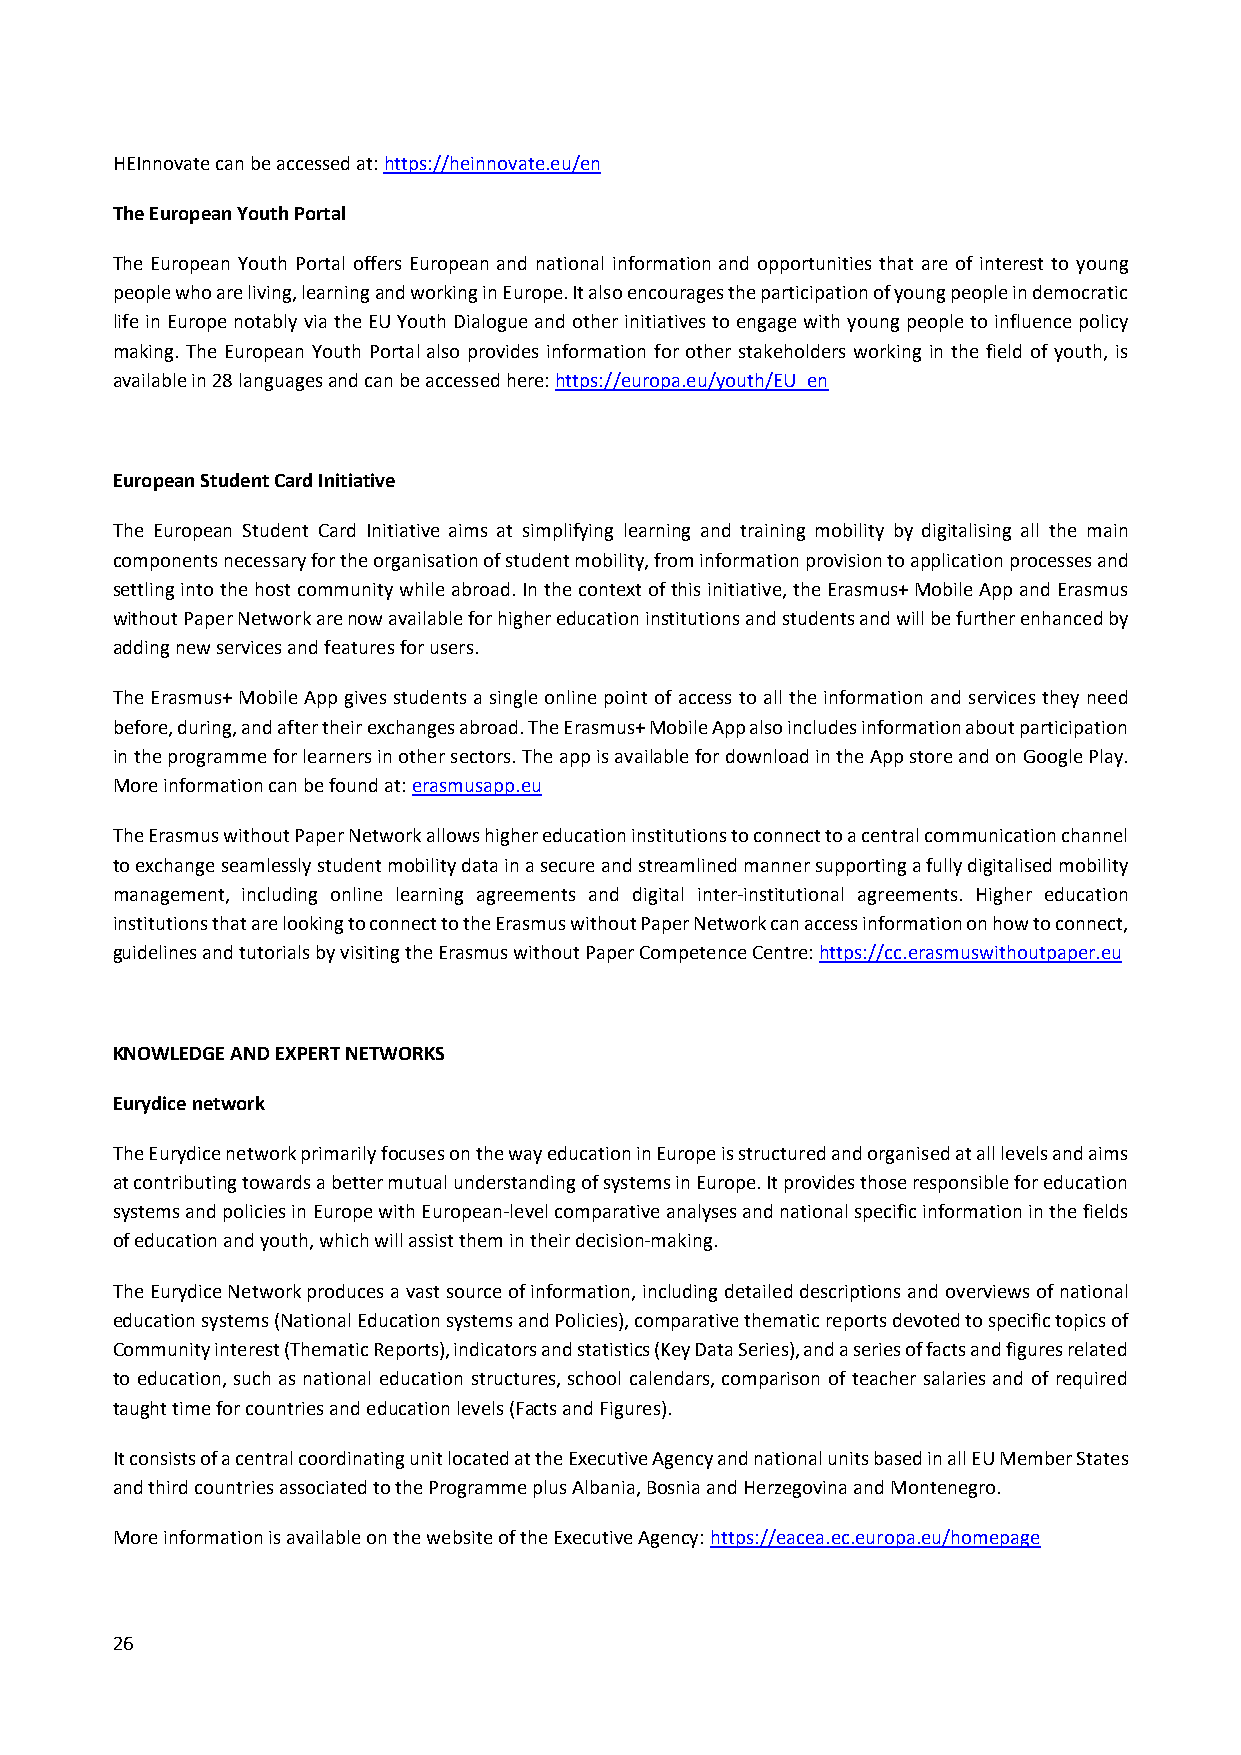
HEInnovate can be accessed at: https://heinnovate.eu/en
 The European Youth Portal
 The European Youth Portal offers European and national information and opportunities that are of interest to young
 people who are living, learning and working in Europe. It also encourages the participation of young people in democratic
 life in Europe notably via the EU Youth Dialogue and other initiatives to engage with young people to influence policy
 making. The European Youth Portal also provides information for other stakeholders working in the field of youth, is
 available in 28 languages and can be accessed here: https://europa.eu/youth/EU_en
 European Student Card Initiative
 The European Student Card Initiative aims at simplifying learning and training mobility by digitalising all the main
 components necessary for the organisation of student mobility, from information provision to application processes and
 settling into the host community while abroad. In the context of this initiative, the Erasmus+ Mobile App and Erasmus
 without Paper Network are now available for higher education institutions and students and will be further enhanced by
 adding new services and features for users.
 The Erasmus+ Mobile App gives students a single online point of access to all the information and services they need
 before, during, and after their exchanges abroad. The Erasmus+ Mobile App also includes information about participation
 in the programme for learners in other sectors. The app is available for download in the App store and on Google Play.
 More information can be found at: erasmusapp.eu
 The Erasmus without Paper Network allows higher education institutions to connect to a central communication channel
 to exchange seamlessly student mobility data in a secure and streamlined manner supporting a fully digitalised mobility
 management, including online learning agreements and digital inter‐institutional agreements. Higher education
 institutions that are looking to connect to the Erasmus without Paper Network can access information on how to connect,
 guidelines and tutorials by visiting the Erasmus without Paper Competence Centre: https://cc.erasmuswithoutpaper.eu
 KNOWLEDGE AND EXPERT NETWORKS
 Eurydice network
 The Eurydice network primarily focuses on the way education in Europe is structured and organised at all levels and aims
 at contributing towards a better mutual understanding of systems in Europe. It provides those responsible for education
 systems and policies in Europe with European‐level comparative analyses and national specific information in the fields
 of education and youth, which will assist them in their decision‐making.
 The Eurydice Network produces a vast source of information, including detailed descriptions and overviews of national
 education systems (National Education systems and Policies), comparative thematic reports devoted to specific topics of
 Community interest (Thematic Reports), indicators and statistics (Key Data Series), and a series of facts and figures related
 to education, such as national education structures, school calendars, comparison of teacher salaries and of required
 taught time for countries and education levels (Facts and Figures).
 It consists of a central coordinating unit located at the Executive Agency and national units based in all EU Member States
 and third countries associated to the Programme plus Albania, Bosnia and Herzegovina and Montenegro.
 More information is available on the website of the Executive Agency: https://eacea.ec.europa.eu/homepage
 26